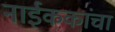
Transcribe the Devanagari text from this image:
नाईककांचा